Vaccination returns of the Province of Eastern Bengal and Assam - 1905-1912
Year: 1905
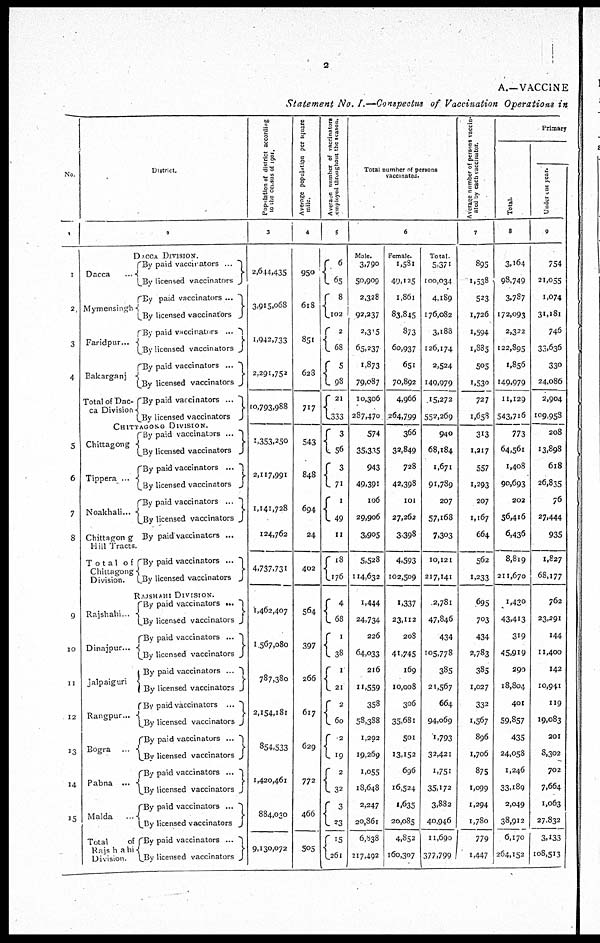
2
A.—VACCINE
Statement No. I.—Conspectus of Vaccination Operations in
No.
1
1
2
3
4
5
6
7
8
9
10
11
12
13
14
15
District.
2
DACCA DIVISION.
Dacca ...
Mymensingh
Faridpur...
Bakarganj
Total of Dac-
ca Division
By paid vaccinators ...
By licensed vaccinators
By paid vaccinators ...
By licensed vaccinators
By paid vaccinators ...
By licensed vaccinators
By paid vaccinators ...
By licensed vaccinators
By paid vaccinators ...
By licensed vaccinators
CHITTAGONG DIVISION.
Chittagong
Tippera ...
Noakhali...
Chittagong
Hill Tracts
Total of
Chittagong
Division.
By paid vaccinators ...
By licensed vaccinators
By paid vaccinators ...
By licensed vaccinators
By paid vaccinators ...
By licensed vaccinators
By paid vaccinators ...
By paid vaccinators ...
By licensed vaccinators
RAJSHAHI DIVISION.
Rajshahi...
Dinajpur...
Jalpaiguri
Rangpur...
Bogra ...
Pabna ...
Malda ...
Total
of
Rajshahi
Division.
By paid vaccinators ...
By licensed vaccinators
By paid vaccinators ...
By licensed vaccinators
By paid vaccinators ...
By licensed vaccinators
By paid vaccinators ...
By licensed vaccinators
By paid vaccinators ...
By licensed vaccinators
By paid vaccinators ...
By licensed vaccinators
By paid vaccinators ...
By licensed vaccinators
By paid vaccinators ...
By licensed vaccinators
Population of district according
to the census of 1901.
3
2,644,435
3,915,068
1,942,733
2,291,752
10,793,988
1,353,250
2,117,991
1,141,728
124,762
4,737,731
1,462,407
1,567,080
787,380
2,154,181
854,533
1,420,461
884,030
9,130,072
Average population per square
mile.
4
950
618
851
628
717
543
848
694
24
402
564
397
266
617
629
772
466
505
Average number of vaccinators
employed throughout the season.
5
6
65
8
102
2
68
5
98
21
333
3
56
3
71
1
49
11
18
176
4
68
1
38
1
21
2
60
2
9
2
32
3
23
15
261
Total number of persons
vaccinated.
6
Male.
3,790
50,909
2,328
92,237
2,315
65,237
1,873
79,087
10,306
287,470
574
35,335
943
49,391
106
29,906
3,905
5,528
114,632
1,444
24,734
226
64,033
216
11,559
358
58,388
1,202
19,269
1,055
18,648
2,247
20,86l
6,538
217,492
Female.
1,58l
40,125
1,861
83,845
873
60,937
651
70,892
4,966
264,799
366
32,849
728
42,398
101
27,262
3,398
4,593
102,509
1,337
23,112
208
41,745
169
10,008
306
35,681
501
13,152
696
16,524
1,635
20,085
4,852
160,307
Total.
5,371
100,034
4,189
176,082
3,188
126,174
2,524
149,979
15,272
552,269
940
68,184
1,671
91,789
207
57,168
7,303
10,121
217,141
2,78l
47,846
434
105,778
385
21,567
664
94,069
1,793
32,421
1,751
35,172
3,882
40,946
11,690
377,799 ,
Average number of persons vaccin-
ated by each vaccinator.
7
895
1,538
523
1,726
1,594
1,885
505
1,530
727
1,658
313
1,217
557
1,293
207
1,167
664
562
1,233
695
703
434
2,783
385
1,027
332
1,567
896
1,706
875
1,099
1,294
1,780
779
1,447
Primary
Total.
8
3,164
98,749
3,787
172,093
2,322
122,895
1,856
149,979
11,129
543,716
773
64,561
1,408
90,693
202
56,416
6,436
8,819
211,670
1,430
43,413
319
45,919
290
18,804
401
59,857
435
24,058
1,246
33,189
2,049
38,912
6,170
264,152
Under one year.
9
754
21,055
1,074
31,181
746
33,636
330
24,086
2,904
109,958
208
13,898
618
26,835
76
27,444
935
1,827
68,177
762
23,291
144
11,400
142
10,941
119
19,083
201
8,302
702
7,664
1,063
27,832
3,133
108,513